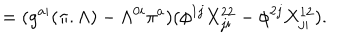
= ( g ^ { a i } ( \pi . \Lambda ) - \Lambda ^ { 0 i } \pi ^ { a } ) ( \phi ^ { 1 j } X _ { j i } ^ { 2 2 } - \phi ^ { 2 j } X _ { j i } ^ { 1 2 } ) .